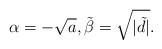
LaTeX: \begin{align*}\alpha =-\sqrt{a},\tilde{\beta}=\sqrt{|\tilde{d}|}.\end{align*}